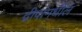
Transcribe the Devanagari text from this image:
द्वीपांमधील